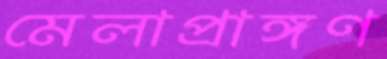
মেলাপ্রাঙ্গণ